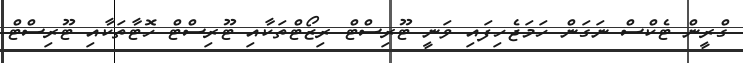
ގްރީން ޓެކްސް ނަގަން ހަމަޖެހިފައި ވަނީ ޓޫރިސްޓް ރިޒޯޓްތަކާއި ޓޫރިސްޓް ހޮޓާތަކާއި ޓޫރިސްޓް